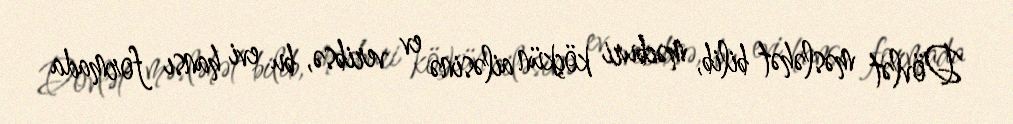
Dövlət məsləhət bilib, məcburi köçkün ailəsinə ev veribsə, bu evi hansı formada